Vaccination in Bombay 1869-1873 - 1869-1873
Year: 1869
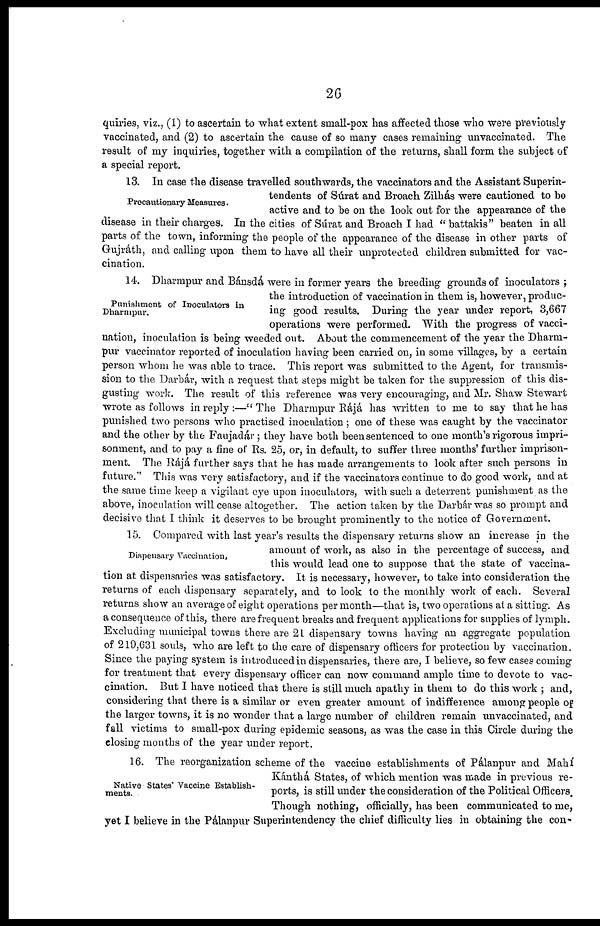
26
quiries, viz., (1) to ascertain to what extent small-pox has affected those who were previously
vaccinated, and (2) to ascertain the cause of so many cases remaining unvaccinated. The
result of my inquiries, together with a compilation of the returns, shall form the subject of
a special report.
Precautionary Measures.
13. In case the disease travelled southwards, the vaccinators and the Assistant Superin-
tendents of Súrat and Broach Zilhás were cautioned to be
active and to be on the look out for the appearance of the
disease in their charges. In the cities of Súrat and Broach I had " battakis" beaten in all
parts of the town, informing the people of the appearance of the disease in other parts of
Gujráth, and calling upon them to have all their unprotected children submitted for vac-
cination.
Punishment of Inoculators in
Dharmpur.
14. Dharmpur and Bánsdá were in former years the breeding grounds of inoculators ;
the introduction of vaccination in them is, however, produc-
ing good results. During the year under report, 3,667
operations were performed. With the progress of vacci-
nation, inoculation is being weeded out. About the commencement of the year the Dharm-
pur vaccinator reported of inoculation having been carried on, in some villages, by a certain
person whom he was able to trace. This report was submitted to the Agent, for transmis-
sion to the Darbár, with a request that steps might be taken for the suppression of this dis-
gusting work. The result of this reference was very encouraging, and Mr. Shaw Stewart
wrote as follows in reply :—"The Dharmpur Rájá has written to me to say that he has
punished two persons who practised inoculation ; one of these was caught by the vaccinator
and the other by the Faujadár; they have both been sentenced to one month's rigorous impri-
sonment, and to pay a fine of Rs. 25, or, in default, to suffer three months' further imprison-
ment. The Rájá further says that he has made arrangements to look after such persons in
future." This was very satisfactory, and if the vaccinators continue to do good work, and at
the same time keep a vigilant eye upon inoculators, with such a deterrent punishment as the
above, inoculation will cease altogether. The action taken by the Darbár was so prompt and
decisive that I think it deserves to be brought prominently to the notice of Government.
Dispensary Vaccination.
15. Compared with last year's results the dispensary returns show an increase in the
amount of work, as also in the percentage of success, and
this would lead one to suppose that the state of vaccina-
tion at dispensaries was satisfactory. It is necessary, however, to take into consideration the
returns of each dispensary separately, and to look to the monthly work of each. Several
returns show an average of eight operations per month—that is, two operations at a sitting. As
a consequence of this, there are frequent breaks and frequent applications for supplies of lymph.
Excluding municipal towns there are 21 dispensary towns having an aggregate population
of 219,631 souls, who are left to the care of dispensary officers for protection by vaccination.
Since the paying system is introduced in dispensaries, there are, I believe, so few cases coming
for treatment that every dispensary officer can now command ample time to devote to vac-
cination. But I have noticed that there is still much apathy in them to do this work ; and,
considering that there is a similar or even greater amount of indifference among people of
the larger towns, it is no wonder that a large number of children remain unvaccinated, and
fall victims to small-pox during epidemic seasons, as was the case in this Circle during the
closing months of the year under report.
Native States Vaccine Establish-
ments.
16. The reorganization scheme of the vaccine establishments of Pálanpur and Mahí
Kánthá States, of which mention was made in previous re-
ports, is still under the consideration of the Political Officers.
Though nothing, officially, has been communicated to me,
yet I believe in the Pálanpur Superintendency the chief difficulty lies in obtaining the con-